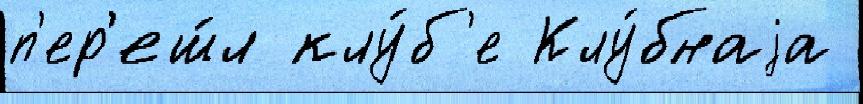
п'ер'еш́л клу́б'е Клу́бнаjа